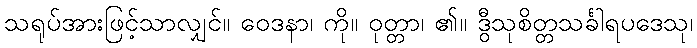
သရုပ်အားဖြင့်သာလျှင်။ ဝေဒနာ၊ ကို။ ဝုတ္တာ၊ ၏။ ဒွီသုစိတ္တသင်္ခါရပဒေသု၊